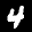
Label: 4